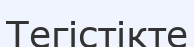
Тегістікте